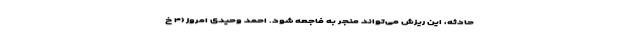
حادثه، این ریزش می‌تواند منجر به فاجعه شود. احمد وحیدی امروز (۴ خ